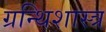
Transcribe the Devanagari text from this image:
ग्रन्थिशास्त्र